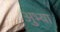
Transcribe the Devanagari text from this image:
अुभ्या